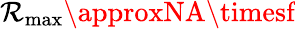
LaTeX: {\mathcal{R}_{\mathrm{{max}}}}\approxNA\timesf